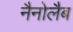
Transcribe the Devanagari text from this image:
नैनोलैब